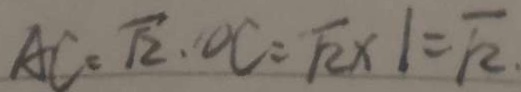
A C = \sqrt { 2 } \cdot O C = \sqrt { 2 } \times 1 = \sqrt { 2 } .